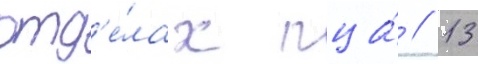
отд'е́лах пца́ // 13